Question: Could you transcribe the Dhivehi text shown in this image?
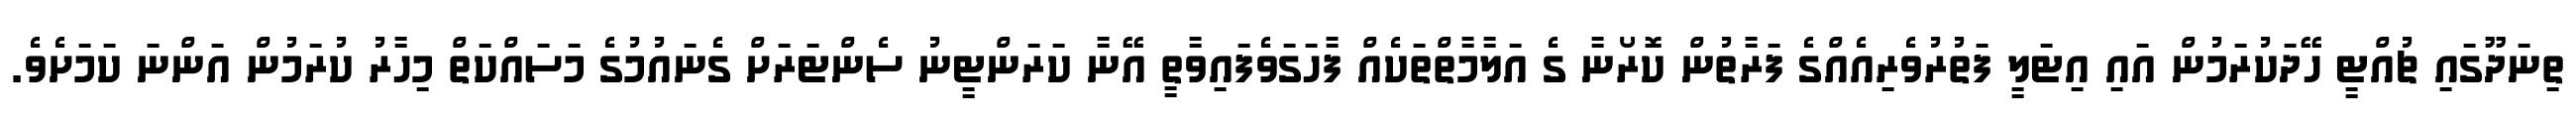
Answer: ތިނަދޫގައި ޗުއްޓީ ހޭދަކުރަމުން އައި އިޓަލީ ފަތުރުވެރިއެއްގެ ފަރާތުން ކޮރޯނާ ގެ އަލާމާތްތަކެއް ފާހަގަވެފައިވާތީ އޭނާ ކަރަންޓީނު ސެންޓަރަށް ގެނައުމުގެ މަސައްކަތް މިހާރު ކުރަމުން އަންނަ ކަމަށެވެ.